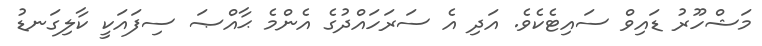
މަޝްހޫރު ޑައިވް ސައިޓެކެވެ. އަދި އެ ސަރަހައްދުގެ އެންމެ ޙާއްޞަ ސިފައަކީ ކާލިގަނޑު